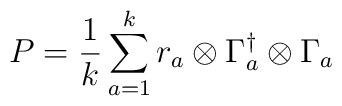
P=\frac{1}{k}\sum_{a=1}^k r_a \otimes \Gamma_a^{\dagger} \otimes \Gamma_a